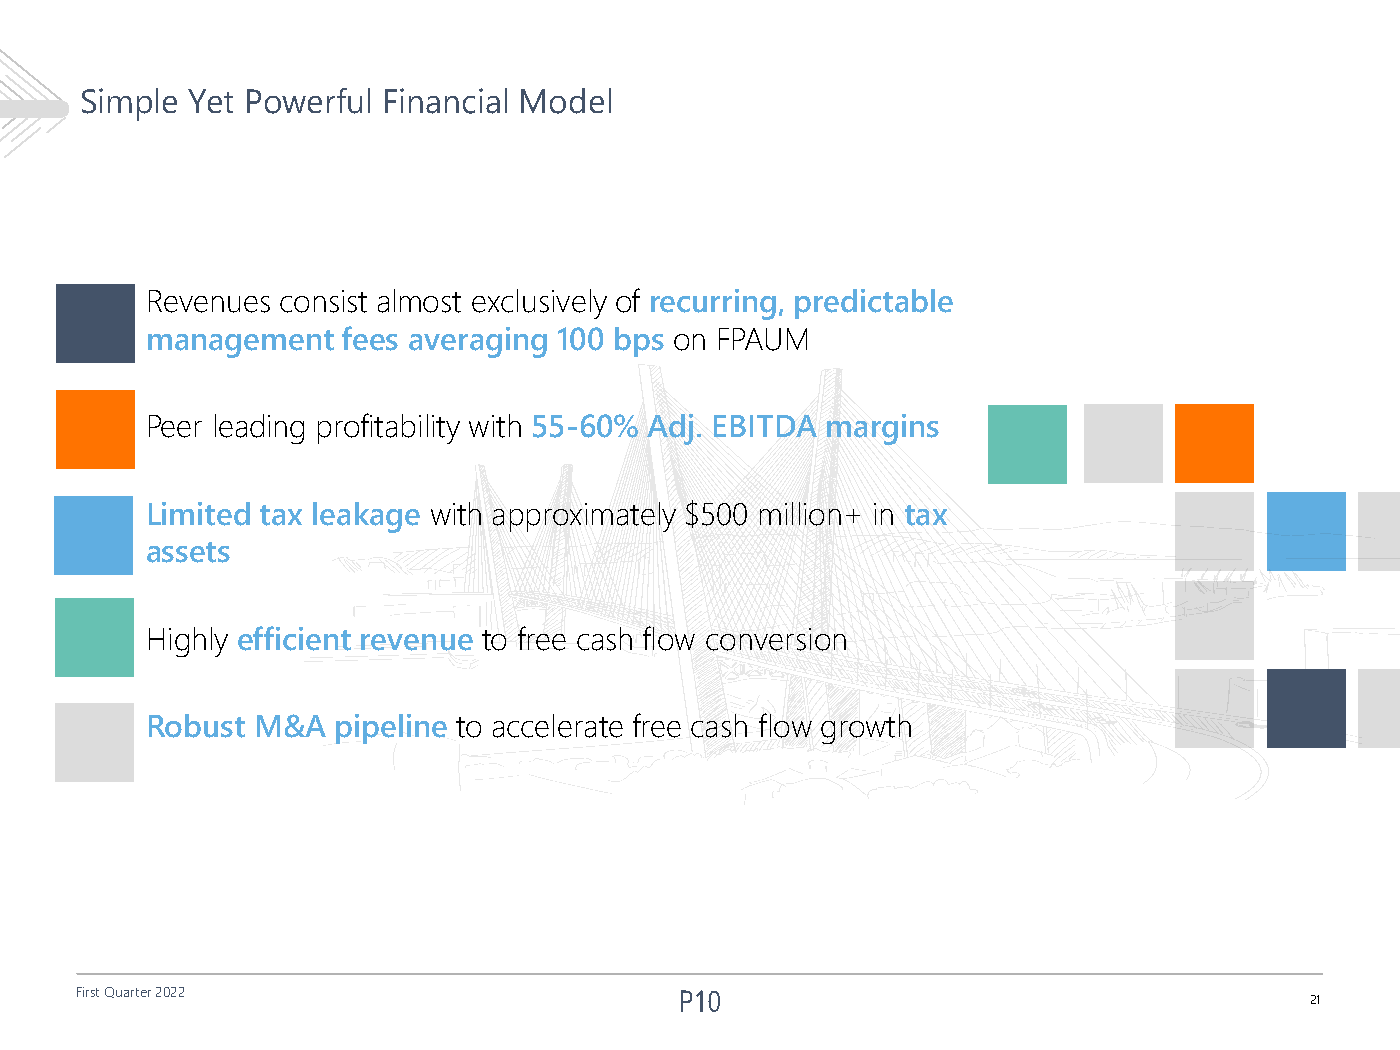
Simple Yet Powerful Financial Model
 Revenues consist almost exclusively of recurring, predictable
 management   fees averaging 100 bps on FPAUM
 Peer leading profitability with 55-60% Adj. EBITDA margins
 Limited tax leakage with approximately $500 million+ in tax
 assets
 Highly efficient revenue to free cash flow conversion
 Robust M&A  pipeline to accelerate free cash flow growth
 First Quarter 2022
 21